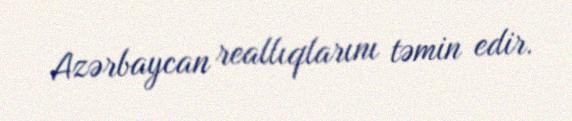
Azərbaycan reallıqlarını təmin edir.